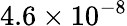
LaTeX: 4.6\times 10^{-8}